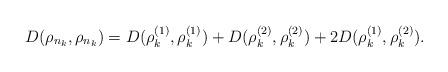
LaTeX: \begin{align*}D(\rho_{n_{k}},\rho_{n_{k}}) = D(\rho_{k}^{(1)},\rho_{k}^{(1)}) + D(\rho_{k}^{(2)},\rho_{k}^{(2)}) + 2D(\rho_{k}^{(1)},\rho_{k}^{(2)}).\end{align*}